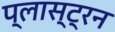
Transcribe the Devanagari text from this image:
प्लास्ट्रन